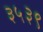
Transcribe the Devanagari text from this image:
३५३९